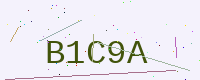
Text: B1C9A